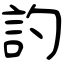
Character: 訋